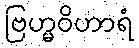
ဗြဟ္မဝိဟာရံ